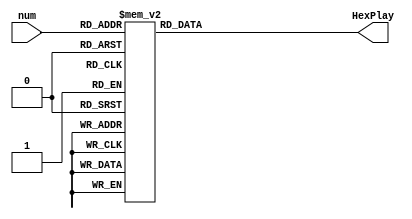
`timescale 1ns / 1ps
//////////////////////////////////////////////////////////////////////////////////
// Company: 
// Engineer: 
// 
// Design Name: 
// Module Name: HexPlay
// Project Name: 
// Target Devices: 
// Tool Versions: 
// Description: 
// 
// Dependencies: 
// 
// Revision:
// Revision 0.01 - File Created
// Additional Comments:
// 
//////////////////////////////////////////////////////////////////////////////////


module Hex(
    input [3:0] num,
    output reg [7:0] HexPlay
    );

    parameter  _0 = 8'b1100_0000, _1 = 8'b1111_1001, _2 = 8'b1010_0100,   
               _3 = 8'b1011_0000, _4 = 8'b1001_1001, _5 = 8'b1001_0010,   
               _6 = 8'b1000_0010, _7 = 8'b1111_1000, _8 = 8'b1000_0000,  
               _9 = 8'b1001_0000, _A = 8'b1000_1000, _B = 8'b1000_0011,  
               _C = 8'b1100_0110, _D = 8'b1010_0001, _E = 8'b1000_0110,  
               _F = 8'b1000_1110;



  always @(*) begin
    case(num)
        4'b0000: HexPlay = _0;
        4'b0001: HexPlay = _1;
        4'b0010: HexPlay = _2;
        4'b0011: HexPlay = _3;
        4'b0100: HexPlay = _4;
        4'b0101: HexPlay = _5;
        4'b0110: HexPlay = _6;
        4'b0111: HexPlay = _7;
        4'b1000: HexPlay = _8;
        4'b1001: HexPlay = _9;
        4'b1010: HexPlay = _A;
        4'b1011: HexPlay = _B;
        4'b1100: HexPlay = _C;
        4'b1101: HexPlay = _D;
        4'b1110: HexPlay = _E;
        4'b1111: HexPlay = _F;
    endcase
  end
endmodule